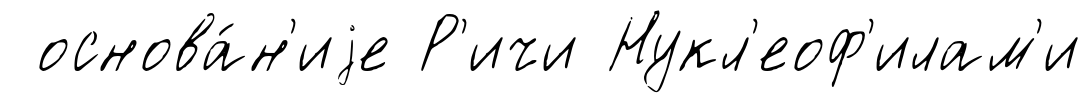
основа́н'иjе Р'ичи Нукл'еоф'илам'и